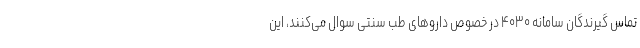
تماس گیرندگان سامانه ۴۰۳۰ در خصوص داروهای طب سنتی سوال می‌کنند، این